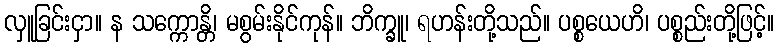
လှူခြင်းငှာ။ န သက္ကောန္တိ၊ မစွမ်းနိုင်ကုန်။ ဘိက္ခူ၊ ရဟန်းတို့သည်။ ပစ္စယေဟိ၊ ပစ္စည်းတို့ဖြင့်။